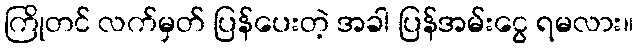
ကြိုတင် လက်မှတ် ပြန်ပေးတဲ့ အခါ ပြန်အမ်းငွေ ရမလား။